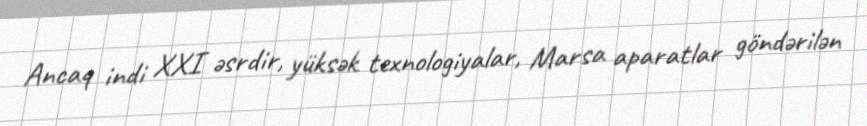
Ancaq indi XXI əsrdir, yüksək texnologiyalar, Marsa aparatlar göndərilən